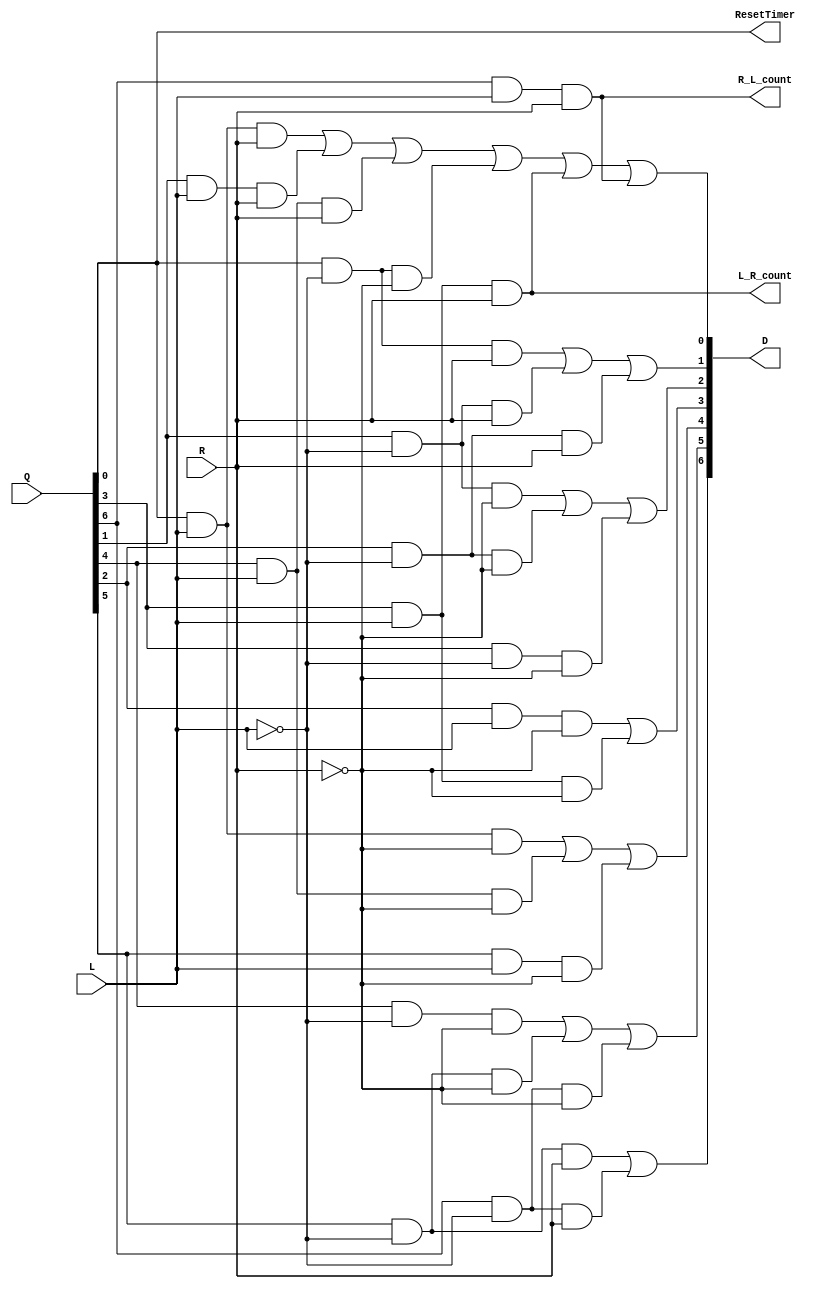
`timescale 1ns / 1ps
//////////////////////////////////////////////////////////////////////////////////
// Company: 
// Engineer: 
// 
// Design Name: 
// Module Name: Turkey_logic
// Project Name: 
// Target Devices: 
// Tool Versions: 
// Description: 
// 
// Dependencies: 
// 
// Revision:
// Revision 0.01 - File Created
// Additional Comments:
// 
//////////////////////////////////////////////////////////////////////////////////


module Turkey_logic(
    input [6:0]Q,
    input L,
    input R,
    output L_R_count,
    output R_L_count,
    output ResetTimer,
    output [6:0]D
    );
    
    //assign next state logic
    //Start 
    assign D[0] = (Q[0]&L&R)|(Q[1]&L&R)|(Q[4]&L&R)|(Q[0]&(~L)&(~R))|(Q[3]&L&R)|(Q[6]&L&R);
    //Left
    assign D[1] = ((Q[0]&(~L)&R)|(Q[1]&(~L)&R)|(Q[2]&(~L)&R));
    //L_both
    assign D[2] = ((Q[1]&(~L)&(~R))|(Q[2]&(~L)&~(R))|(Q[3]&(~L)&(~R)));
    //L_right
    assign D[3] = ((Q[2]&L&(~R))|(Q[3]&L&(~R)));
    //Right
    assign D[4] = ((Q[0]&L&(~R))|(Q[4]&L&(~R))|(Q[5]&L&(~R)));
    //R_both
    assign D[5] = ((Q[4]&(~L)&(~R))|(Q[5]&(~L)&(~R))|(Q[6]&(~L)&(~R)));
    //R_left
    assign D[6] = ((Q[5]&(~L)&R)|(Q[6]&(~L)&R));
       
    //assign SM outputs
    assign L_R_count = Q[3]&L&R;
    assign R_L_count = Q[6]&L&R;   
    assign ResetTimer = Q[0];
       
endmodule